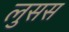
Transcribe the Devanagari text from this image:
लुसस